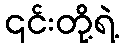
၎င်းတို့ရဲ့